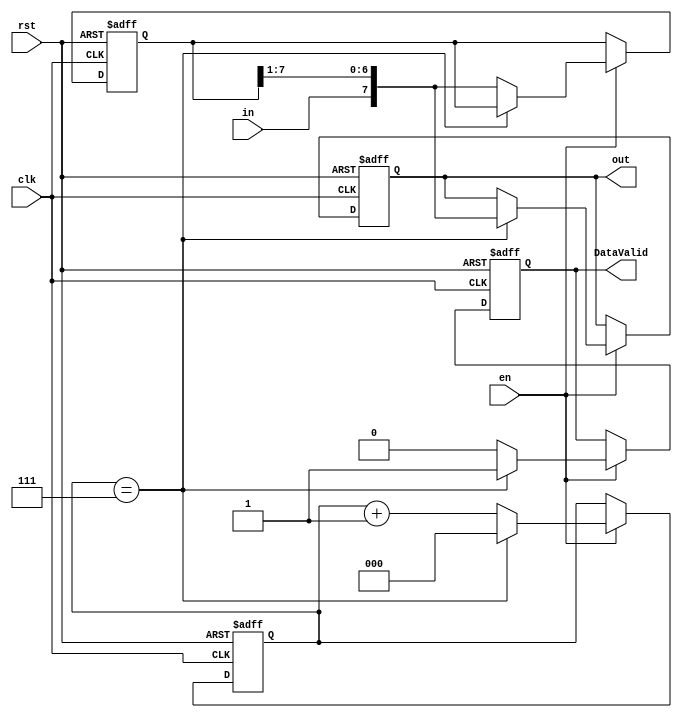
//input 1bit - clk - rst 
//output 8bit reg  ,data valid
//counter 
//standard  


module Ser_to_Para(
 input 					in,
 input 					clk,rst,
 input					en,
 output	reg		[7:0]   out,
 output	reg       		DataValid 
 );

 reg	[7:0]	preout;
 reg	[2:0]   count;
 
 
 always@(posedge clk,negedge rst)
  begin
   if(!rst) 
    begin
     out<=8'b0;
     preout <=8'b0;
     count<=1'b0;
     DataValid<=1'b0;
    end 
   else if(en)
    begin 
     if(count==3'b111)
      begin 
       count<=3'b0;
       out<={in , preout[7:1]};
       DataValid<=1;
      end
     else 
      begin
       preout<={in , preout[7:1]};	 
       DataValid<=1'b0;	
       count<=count+1'b1;
      end
    end 
  end
  
endmodule